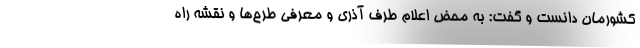
کشورمان دانست و گفت: به محض اعلام طرف آذری و معرفی طرح‌ها و نقشه راه